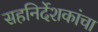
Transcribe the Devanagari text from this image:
सहनिर्देशकांचा